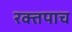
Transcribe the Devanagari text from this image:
रक्तपाच